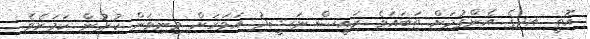
އޮތީ އދގެ އެންގުމަށް ތަބައަވެ ރައީސް ނަޝީދު އަވަހަށް މިނިވަން ކުރުން ކަމަށެވެ.